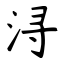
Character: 浔